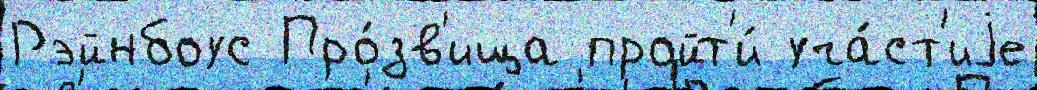
Рэйнбоус Про́зв'ища пройт'и́ уча́ст'иjе